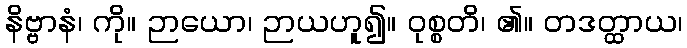
နိဗ္ဗာနံ၊ ကို။ ဉာယော၊ ဉာယဟူ၍။ ဝုစ္စတိ၊ ၏။ တဒတ္ထာယ၊